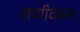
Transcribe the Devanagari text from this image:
राणीवरून